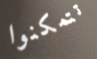
تتمكنوا